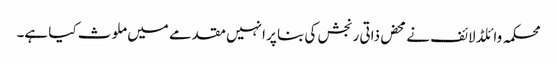
محکمہ وائلڈ لائف نے محض ذاتی رنجش کی بنا پر انہیں مقدمے میں ملوث کیا ہے۔